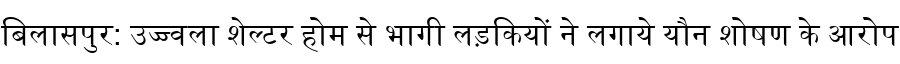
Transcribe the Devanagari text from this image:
बिलासपुर: उज्ज्वला शेल्टर होम से भागी लड़कियों ने लगाये यौन शोषण के आरोप